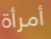
أمرأة